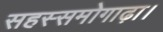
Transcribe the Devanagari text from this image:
सहस्समोगाढ़ा।